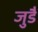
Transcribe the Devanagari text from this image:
जुडै